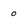
Character: 0